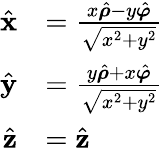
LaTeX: {\begin{array}{rl}{{\hat{\mathbf{x}}}}&{={\frac{x{\hat{\boldsymbol{\rho}}}-y{\hat{\boldsymbol{\varphi}}}}{\sqrt{x^{2}+y^{2}}}}}\\ {{\hat{\mathbf{y}}}}&{={\frac{y{\hat{\boldsymbol{\rho}}}+x{\hat{\boldsymbol{\varphi}}}}{\sqrt{x^{2}+y^{2}}}}}\\ {{\hat{\mathbf{z}}}}&{={\hat{\mathbf{z}}}}\end{array}}